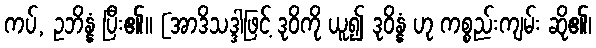
ကပ်, ဥဘိန္နံ ပြီး၏။ [အာဒိသဒ္ဒါဖြင့် ဒုဝိကို ယူ၍ ဒုဝိန္နံ ဟု ကစ္စည်းကျမ်း ဆို၏၊